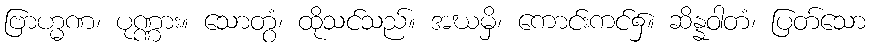
ဗြာဟ္မဏ၊ ပုဏ္ဏား။ သောတွံ၊ ထိုသင်သည်။ အဃမှိ၊ ကောင်းကင်၌။ ဆိန္နဝါတံ၊ ပြတ်သော